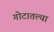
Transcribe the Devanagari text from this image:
गोटातल्या